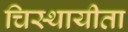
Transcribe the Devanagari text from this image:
चिस्थायीता